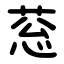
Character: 䓗